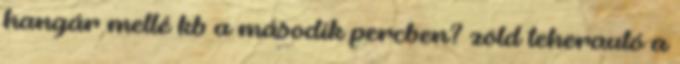
hangár mellé kb a második percben? zöld teherautó a